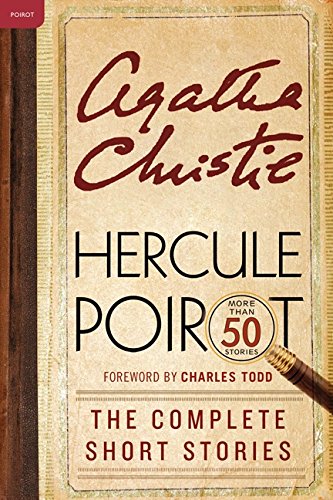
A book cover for Hercule Poirot: The Complete Short Stories: A Hercule Poirot Collection with Foreword by Charles Todd (Hercule Poirot Mysteries); Agatha Christie; Mystery, Thriller & Suspense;